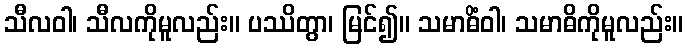
သီလဝါ၊ သီလကိုမူလည်း။ ပဿိတွာ၊ မြင်၍။ သမာဓိံဝါ၊ သမာဓိကိုမူလည်း။